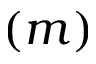
( m )